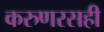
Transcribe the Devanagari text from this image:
करुणरसही